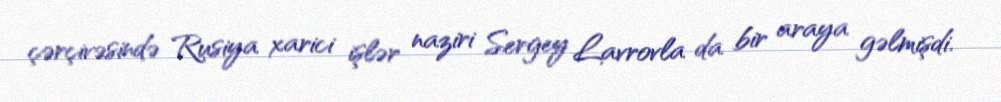
çərçivəsində Rusiya xarici işlər naziri Sergey Lavrovla da bir araya gəlmişdi.